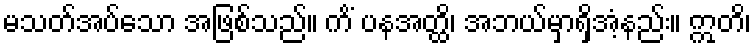
မသတ်အပ်သော အဖြစ်သည်။ ကိံ ပနအတ္ထိ၊ အဘယ်မှာရှိအံ့နည်း။ ဣတိ၊